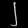
Digit: ၂